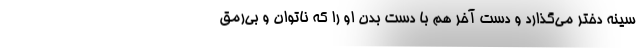
سینه دختر می‌گذارد و دست آخر هم با دست بدن او را که ناتوان و بی‌رمق